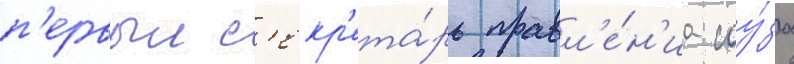
п'ервыи с'екр'ета́рь правл'е́н'иа соу́за